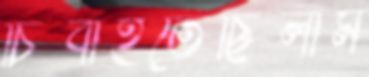
চিবাইতেছিলাম